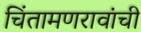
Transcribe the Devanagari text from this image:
चिंतामणरावांची